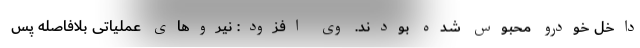
داخل خودرو محبوس شده بودند. وی افزود: نیروهای عملیاتی بلافاصله پس